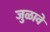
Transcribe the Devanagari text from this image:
जुळावे